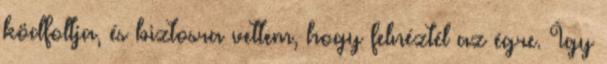
ködfoltja, és biztosra vettem, hogy felnéztél az égre. Így